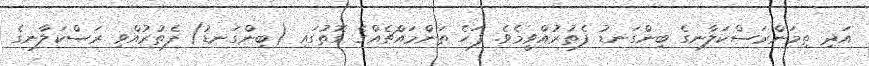
އަދި ތިމަންރަސްކަލާނގެ ބިންގަނޑު ފެތުރުއްވީމެވެ. ފަހެ ތަންމައްޗެއްގެ ގޮތުގައި (ބިންގަނޑު) ފެތުރުއްވި ރަސްކަލާނގެ